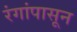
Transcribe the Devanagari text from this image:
रंगांपासून